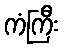
ကံကြီး